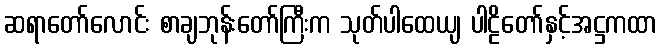
ဆရာတော်လောင်း စာချဘုန်းတော်ကြီးက သုတ်ပါထေယျ ပါဠိတော်နှင့်အဋ္ဌကထာ